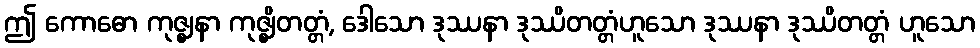
ဤ ကောဓော ကုဇ္ဈနာ ကုဇ္ဈိတတ္တံ, ဒေါသော ဒုဿနာ ဒုဿိတတ္တံဟူသော ဒုဿနာ ဒုဿိတတ္တံ ဟူသော